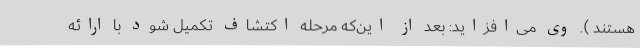
هستند ). وی می‌افزاید: بعد از این‌که مرحله اکتشاف تکمیل شود با ارائه